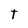
Character: T